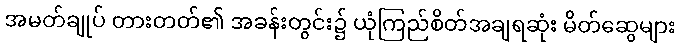
အမတ်ချုပ် တားတတ်၏ အခန်းတွင်း၌ ယုံကြည်စိတ်အချရဆုံး မိတ်ဆွေများ